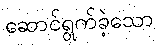
ဆောင်ရွက်ခဲ့သော